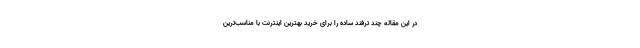
در این مقاله چند ترفند ساده را برای خرید بهترین اینترنت با مناسب‌ترین